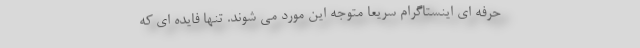
حرفه ای اینستاگرام سریعا متوجه این مورد می شوند. تنها فایده ای که